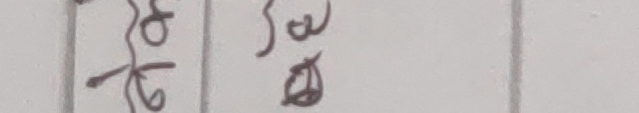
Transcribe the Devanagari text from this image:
रु सौ
ठ ठ